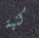
كنية